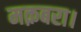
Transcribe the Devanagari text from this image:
मक़बरा।